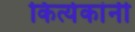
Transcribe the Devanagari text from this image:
कित्येकांनी